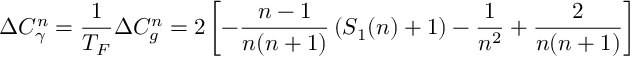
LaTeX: \Delta C _ { \gamma } ^ { n } = \frac { 1 } { T _ { F } } \Delta C _ { g } ^ { n } = 2 \left[ - \frac { n - 1 } { n ( n + 1 ) } \left( S _ { 1 } ( n ) + 1 \right) - \frac { 1 } { n ^ { 2 } } + \frac { 2 } { n ( n + 1 ) } \right]